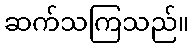
ဆက်သကြသည်။